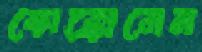
কোক্কোনেন